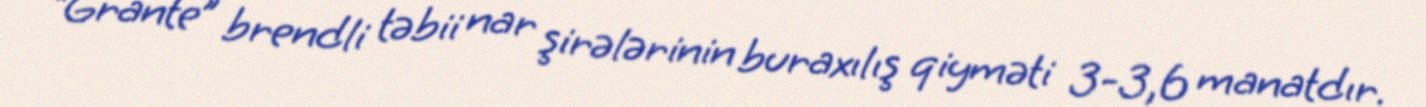
“Grante” brendli təbii nar şirələrinin buraxılış qiyməti 3-3,6 manatdır.